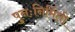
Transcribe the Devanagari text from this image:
पुनःनिर्मिती